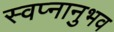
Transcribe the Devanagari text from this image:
स्वप्नानुभव